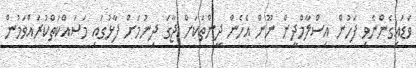
ވަޑައިގެންނެވި ފަހުން އިސްލާމްދީން ނޫން އެހެން ދީންތަކަށް ޖާގަ ދިނުމަށް ފާޅުގައި މަސައްކަތްކުރައްވަމުން